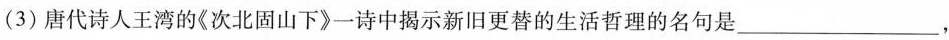
(3)唐代诗人王湾的《次北固山下》一诗中揭示新旧更替的生活哲理的名句是___，